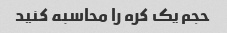
حجم یک کره را محاسبه کنید